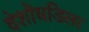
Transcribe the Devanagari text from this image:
देशॊधडिला